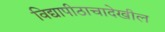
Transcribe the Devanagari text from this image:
विद्यापीठाचादेखील